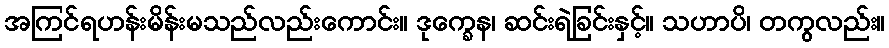
အကြင်ရဟန်းမိန်းမသည်လည်းကောင်း။ ဒုက္ခေန၊ ဆင်းရဲခြင်းနှင့်။ သဟာပိ၊ တကွလည်း။